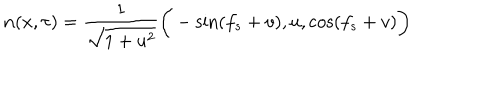
LaTeX: { \bf n } ( x , \tau ) = \frac { 1 } { \sqrt { 1 + u ^ { 2 } } } \bigg ( - \sin ( f _ { s } + v ) , u , \cos ( f _ { s } + v ) \bigg )